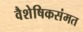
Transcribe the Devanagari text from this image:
वैशेषिकसंमत